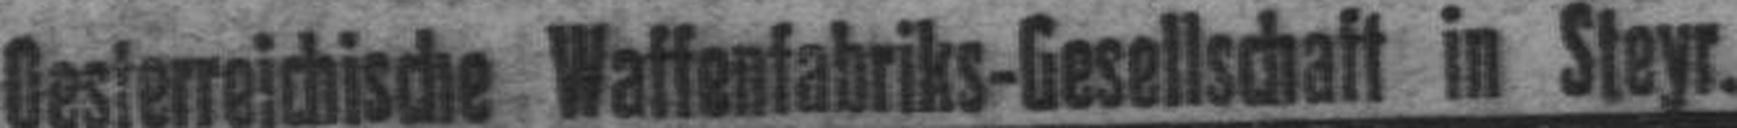
Oesterreichische Waffenfabriks-Gesellschaft in Steyr.